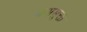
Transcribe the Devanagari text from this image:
क्रममुक्त